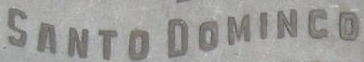
SANTO DOMINCO